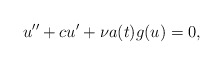
\begin{align*}u'' + c u' + \nu a(t) g(u) = 0,\end{align*}